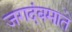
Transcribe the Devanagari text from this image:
जगदंबमाते